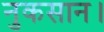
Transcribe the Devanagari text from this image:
नुकसान।